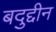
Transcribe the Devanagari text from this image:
बदुद्दीन